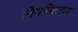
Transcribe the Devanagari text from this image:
नियमितरूप